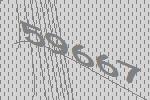
59667